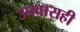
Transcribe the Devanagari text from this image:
उपवासही